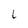
Character: L